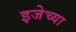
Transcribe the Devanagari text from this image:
इजेच्या